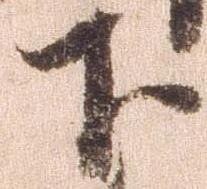
下